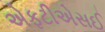
એફટીએસઈ